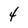
Character: 4